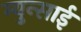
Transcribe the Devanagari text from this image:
म्युन्साई